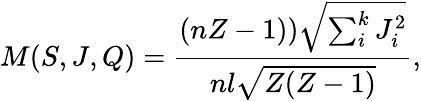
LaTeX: M(S,J,Q)=\frac{\left(nZ-1)\right)\sqrt{\sum_{i}^{k}J_{i}^{2}}}{nl\sqrt{Z(Z-1)}},